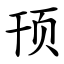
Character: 顸